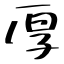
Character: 厚